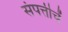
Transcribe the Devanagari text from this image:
संपत्तीचें